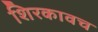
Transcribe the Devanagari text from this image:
शिरकावच